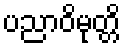
ပညာဝိမုတ္တိ